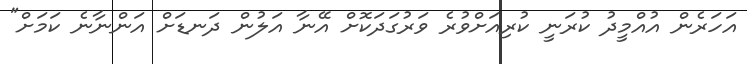
އަހަރެން އުއްމީދު ކުރަނީ ކުރިއަށްވުރެ ވަރުގަދަކޮށް އޭނާ އަލުން ދަނޑަށް އަންނާނެ ކަމަށް"